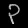
Digit: ၃